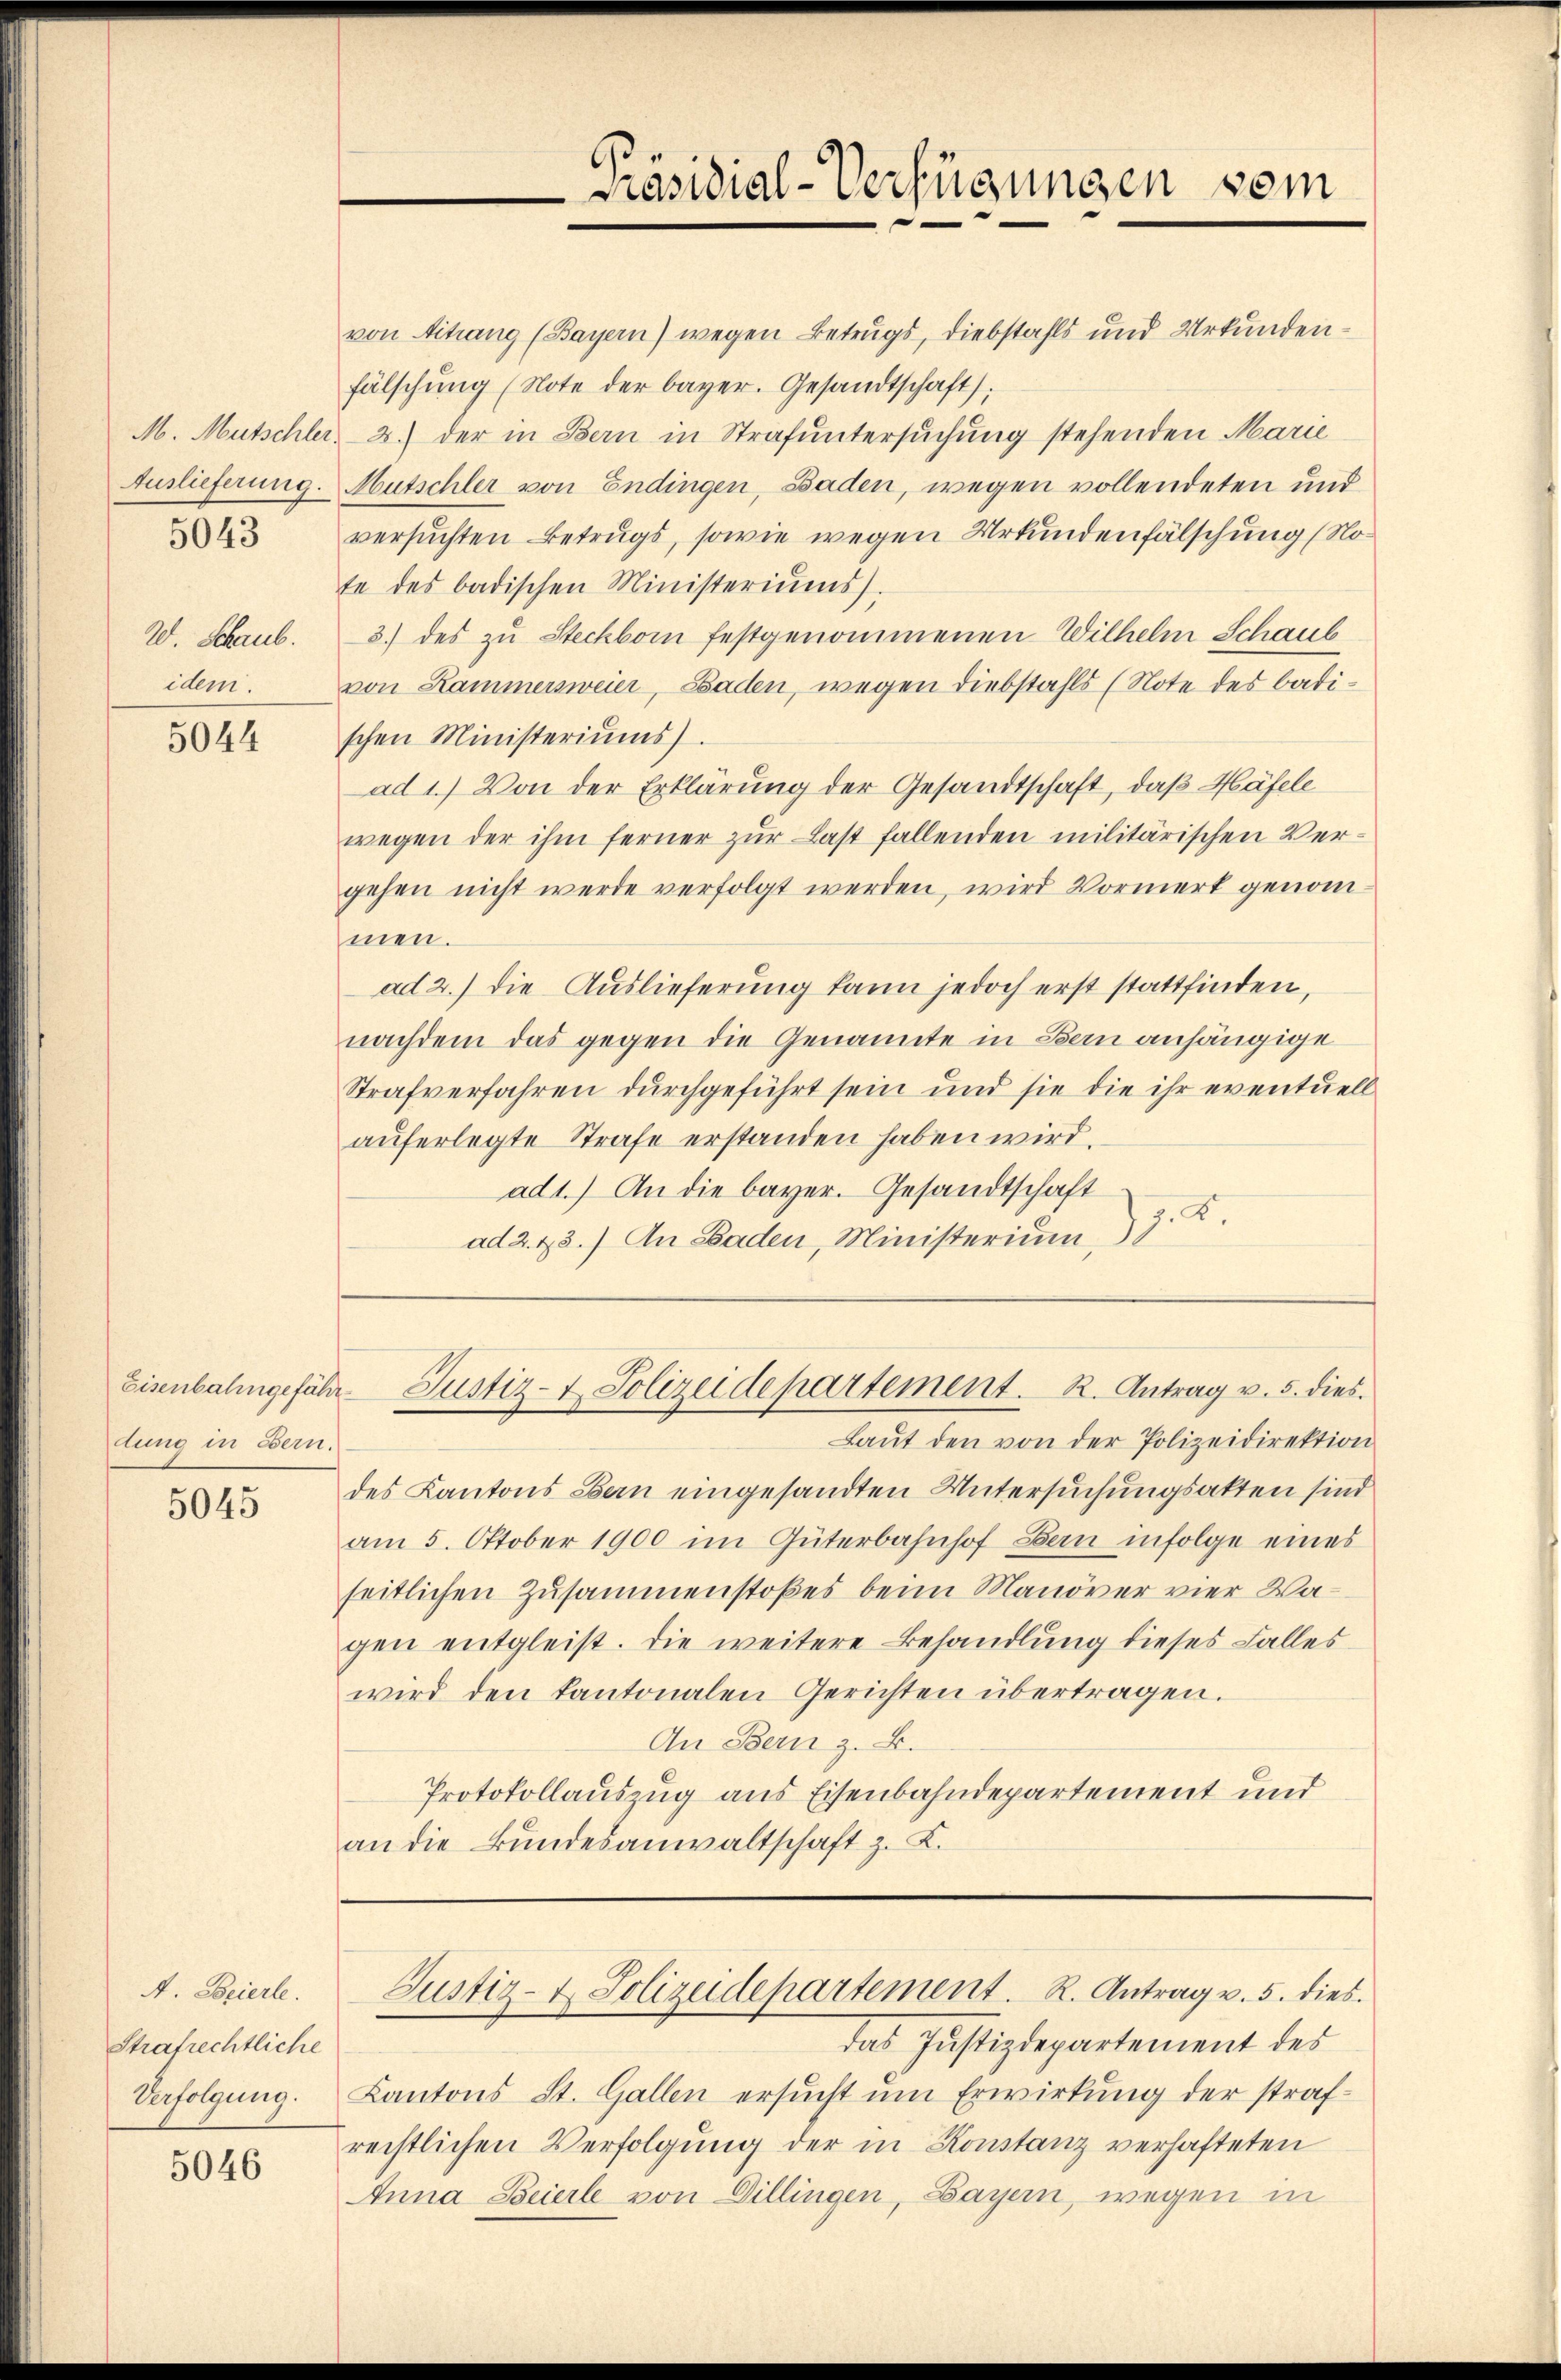
5043

20. Schaub.
idem.

5044

Eisenbahngefähr
dung in Bern.

5045

A. Beierle.
Strafrechtliche
Verfolgung.

5046

Präsidial-Verfügungen vom

Laut den von der Polizeidirektion
des Kantons Bern eingesandten Untersuchungsakten sind
am 5. Oktober 1900 im Güterbahnhof Bern infolge eines
seitlichen Zusammenstoßes beim Manöver vier Wagen entgleist. Die weitere Behandlung dieses Falles
wird den kantonalen Gerichten übertragen.
An Bern z. B.
Protokollauszug aus Eisenbahndepartement und
an die Bŭndesanwaltschaft z. K.

von Aitrang (Bayern) wegen Betrugs, Diebstahls und Urkundenfälschŭng (Note der bayer. Gesandtschaft).
M. Mutschler, 2.) der in Bern in Strafuntersuchung stehenden Marie
Auslieferung. Mutschler von Endingen, Baden, wegen vollendeten und
versuchten Betrugs, sowie wegen Urkundenfälschung (Note des badischen Ministeriŭms.
3.) des zu Steckborn festgenommenen Wilhelm Schaub
von Kammersweier, Baden, wegen Diebstahls (Note des badischen Ministeriŭms).
ad 1.) Von der Erklärung der Gesandtschaft, daß Häfele
wegen der ihm ferner zur Last fallenden militärischen Vergehen nicht werde verfolgt werden, wird Vormerk genommen.
ad 2.) die Auslieferung kann jedoch erst stattfinden,
nachdem das gegen die Genannte in Bern anhängige
Strafverfahren durchgeführt sein und sie die ihr eventuell
auferlegte Strafe erstanden haben wird.
ad1.) An die bayer. Gesandtschaft
ad 2. 43.) An Baden, Ministerium) J. K.

Justiz- & Polizeidepartement. R. Antrag v. 5. dies

das Justizdepartement des
Kantons St. Gallen ersucht um Erwirkung der strafrechtlichen Verfolgung der in Konstanz verhafteten
Anna Beierle von Dillingen, Bayern, wegen in

Justiz- & Polizeidepartement. R. Antrag v. 5. dies